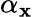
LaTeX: \alpha_{\mathbf{x}}